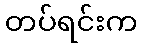
တပ်ရင်းက